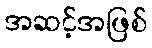
အဆင့်အဖြစ်